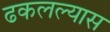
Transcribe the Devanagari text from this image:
ढकलल्यास